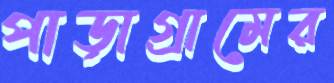
পাড়াগ্রামের